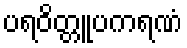
ပရဝိတ္တူပကရဏံ